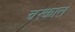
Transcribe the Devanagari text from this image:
चरकात